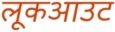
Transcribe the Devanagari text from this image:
लूकआउट